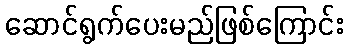
ဆောင်ရွက်ပေးမည်ဖြစ်ကြောင်း